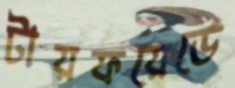
টায়ফয়েডে